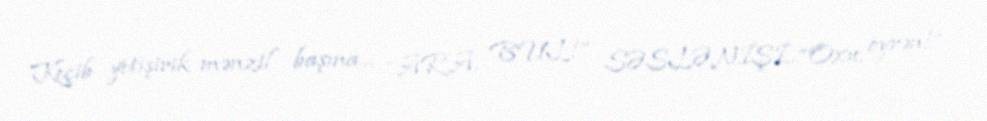
Keçib yetişirik mənzil başına... “ARA, BUL!” SƏSLƏNİŞİ...“Oxu, öyrən!”